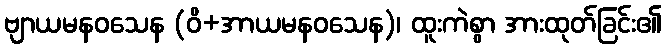
ဗျာယမနဝသေန (ဝိ+အာယမနဝသေန)၊ ထူးကဲစွာ အားထုတ်ခြင်း၏